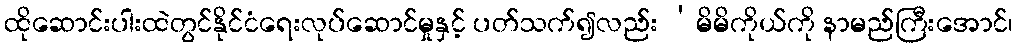
ထိုဆောင်းပါးထဲတွင်နိုင်ငံရေးလုပ်ဆောင်မှုနှင့် ပတ်သက်၍လည်း ‘မိမိကိုယ်ကို နာမည်ကြီးအောင်၊